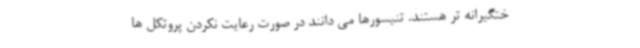
ختگیرانه تر هستند. تنیسورها می دانند در صورت رعایت نکردن پروتکل ها